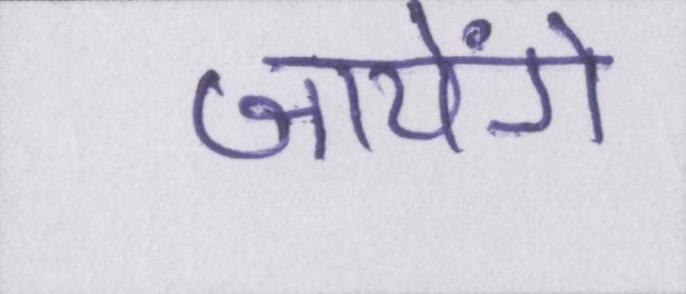
जायेंगे